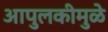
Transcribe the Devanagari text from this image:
आपुलकीमुळे